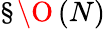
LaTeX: \S\O\left(N\right)